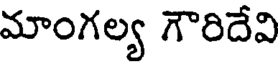
మాంగల్య గౌరిదేవి